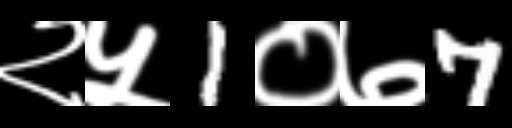
Text: २५1०७7